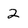
Character: 2